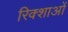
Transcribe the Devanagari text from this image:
रिक्शाओं